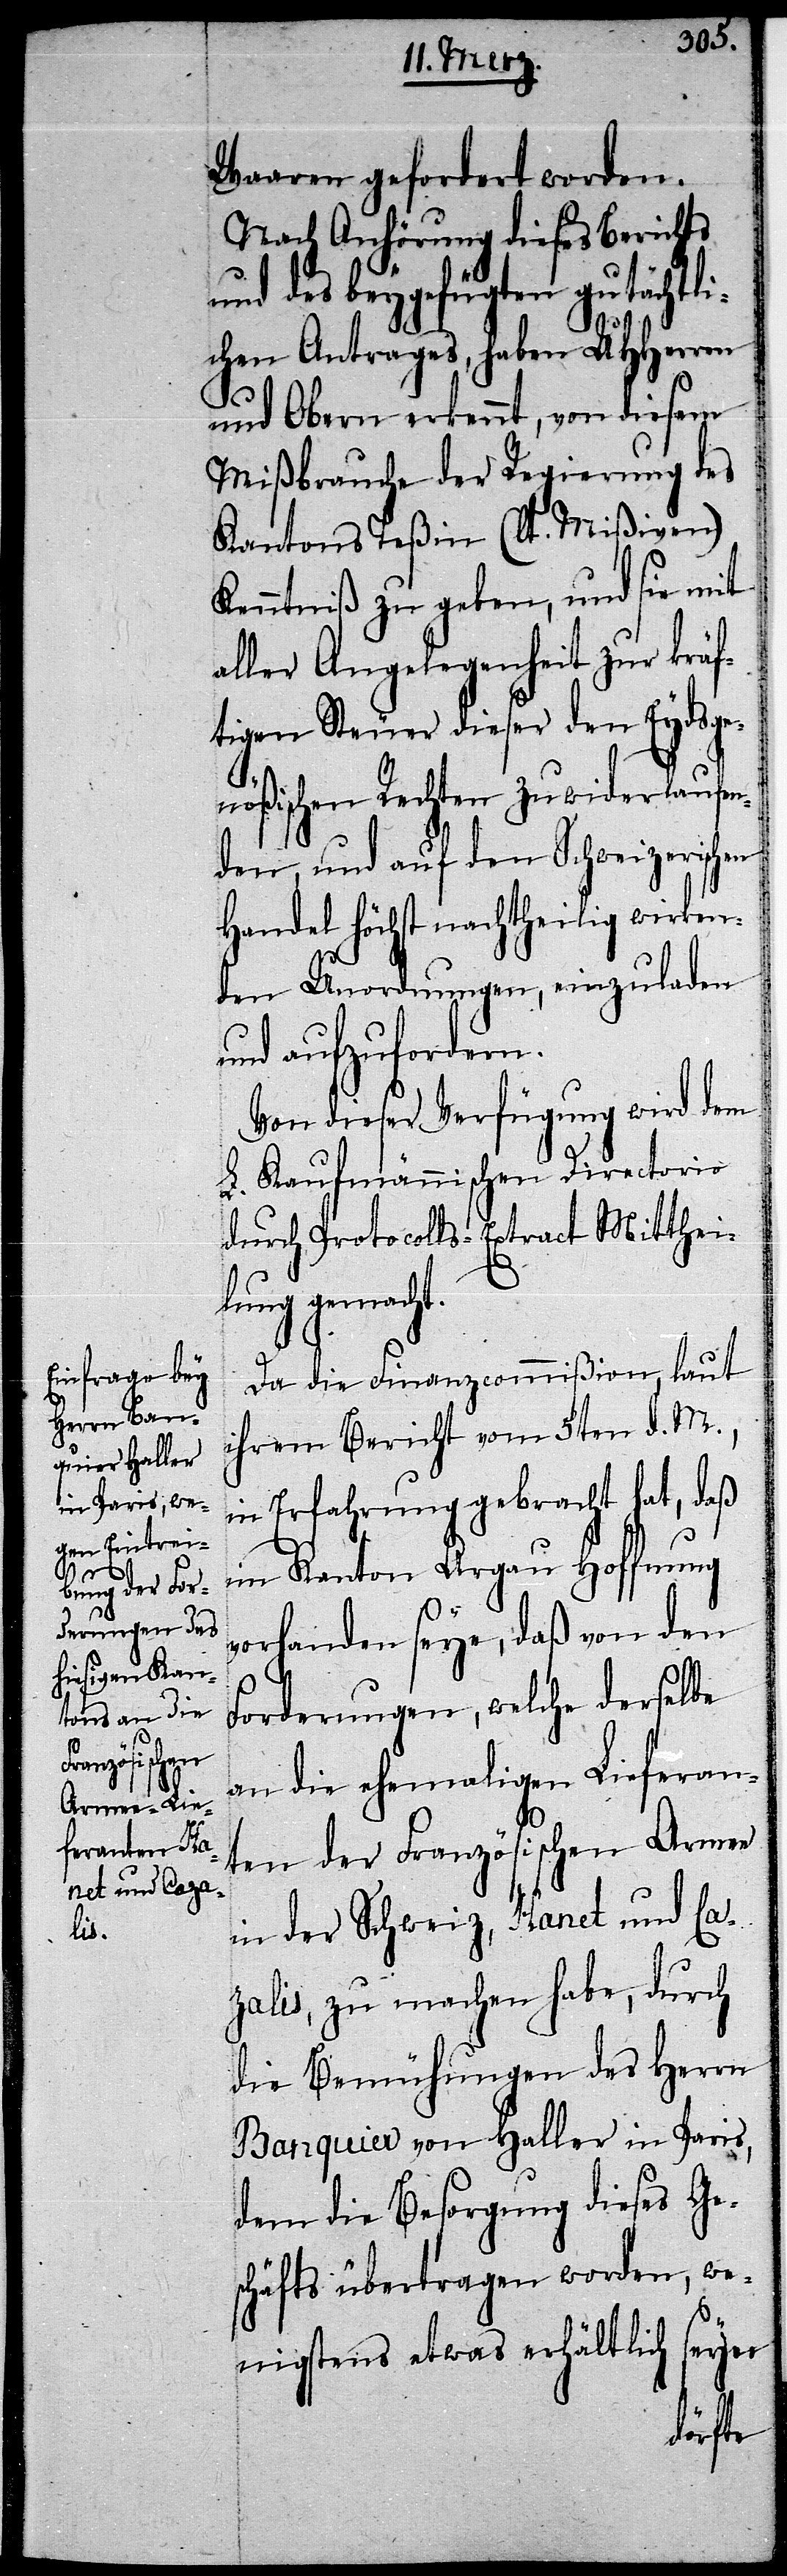
Waaren gefordert worden.
Nach Anhörung dieses Berichts
und des beygefügten gutächtli¬
chen Antrages, haben UHHerren
und Obern erkennt, von diesem
Mißbrauche der Regierung des
Kantons Teßin (lt. Mißiven)
Kenntniß zu geben, und sie mit
aller Angelegenheit zur kräf¬
tigen Steuer dieser den Eydsge¬
nößischen Rechten zuwiderlaufen¬
den, und auf den Schweizerischen
Handel höchst nachtheilig wirken¬
den Unordnungen, einzuladen
und aufzufordern.
Von dieser Verfügung wird dem
L. Kaufmännischen Directorio
durch Protocolls-Extract Mitthei¬
lung gemacht.
Da die Finanzcommißion, laut
ihrem Bericht vom 5ten d. M.,
in Erfahrung gebracht hat, daß
im Kanton Argau Hoffnung
vorhanden seye, daß von den
Forderungen, welche derselbe
an die ehemaligen Lieferan¬
ten der Französischen Armee
in der Schweiz, Hanet und Ca¬
zalis, zu machen habe, durch
die Bemühungen des Herrn
Banquier von Haller in Paris,
dem die Besorgung dieses Ge¬
schäfts übertragen worden, we¬
nigstens etwas erhältlich seyn